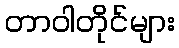
တာဝါတိုင်များ